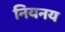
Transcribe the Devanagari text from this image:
नियनय